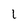
Character: 1